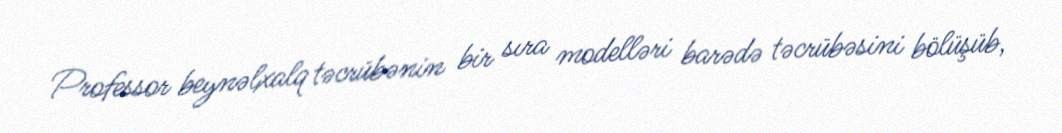
Professor beynəlxalq təcrübənin bir sıra modelləri barədə təcrübəsini bölüşüb,